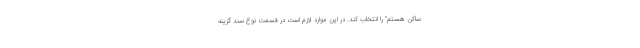
ساکن هستم" را انتخاب کند. در این موارد لازم است در قسمت نوع سند گزینه